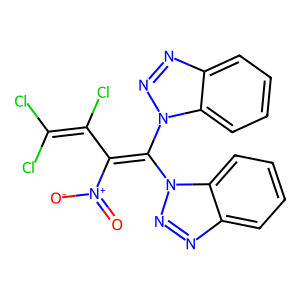
SMILES: O=[N+]([O-])C(C(Cl)=C(Cl)Cl)=C(n1nnc2ccccc21)n1nnc2ccccc21
Inhibits HIV replication: No